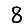
Digit: 8